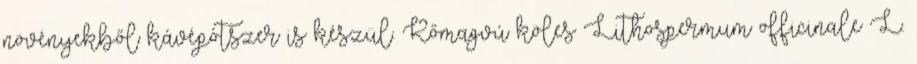
növényekből kávépótszer is készül. Kőmagvú köles Lithospermum officinale L.